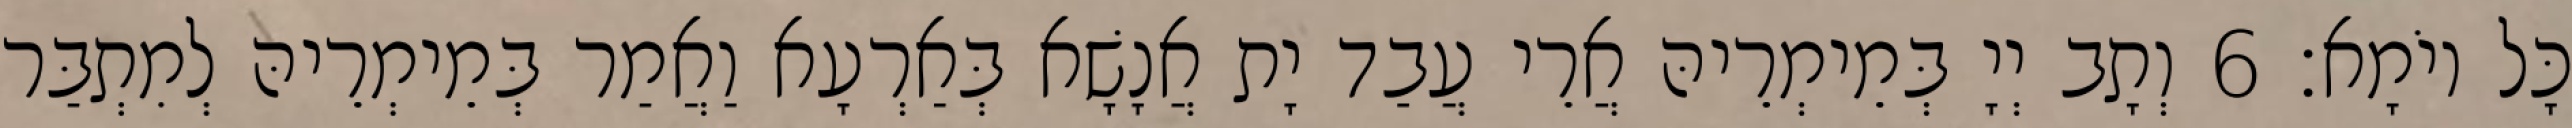
כָּל יוֹמָא׃ 6 וְתָב יְיָ בְּמֵימְרֵיהּ אֲרֵי עֲבַד יָת אֲנָשָׁא בְּאַרְעָא וַאֲמַר בְּמֵימְרֵיהּ לְמִתְבַּר